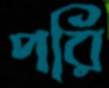
পরি